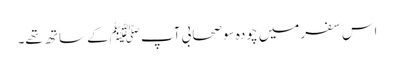
اس سفرمیں چودہ سو صحابی آپ ﷺکے ساتھ تھے۔